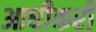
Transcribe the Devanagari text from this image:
आधीकरी